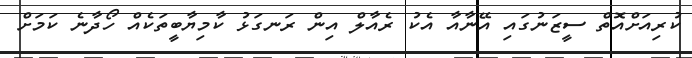
ކުރިއަށްއޮތް ސީޒަނުގައި އޭނާއާ އެކު ރެއާލް އިން ރަނގަޅު ކާމިޔާބީތަކެއް ހޯދާނެ ކަމަށް